Medical and sanitary report of the native army of Bengal for the year
Year: 1876
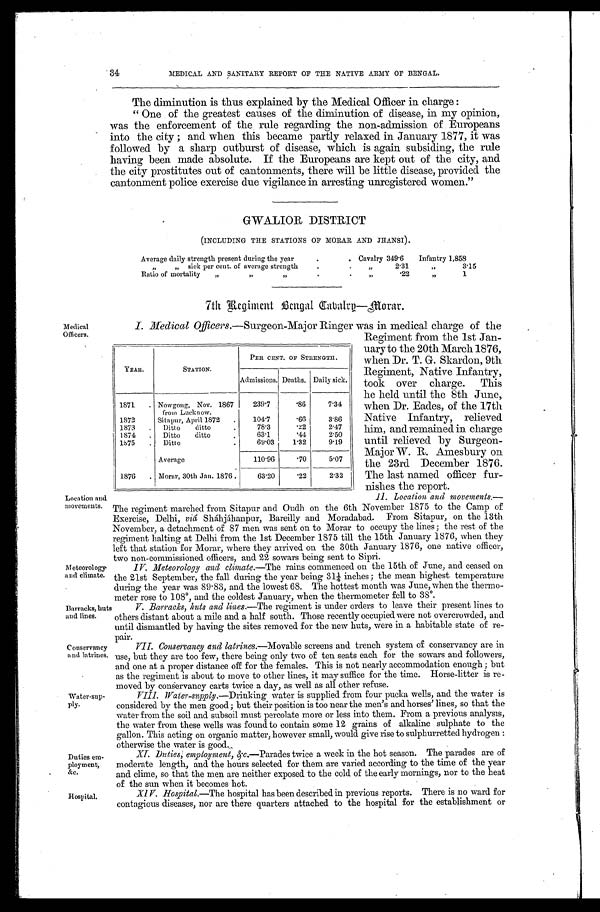
II. Location and movements.—
The regiment marched from Sitapur and Oudh on the 6th November 1875 to the Camp of
Exercise, Delhi, viá Sháhjáhanpur, Bareilly and Moradabad. From Sitapur, on the 13th
November, a detachment of 87 men was sent on to Morar to occupy the lines ; the rest of the
regiment halting at Delhi from the 1st December 1875 till the 15th January 1876, when they
left that station for Morar, where they arrived on the 30th January 1876, one native officer,
two non-commissioned officers, and 22 sowars being sent to Sipri.
IV. Meteorology and climate.—The rains commenced on the 15th of June, and ceased on
the 21st September, the fall during the year being 31¼ inches ; the mean highest temperature
during the year was 89.83, and the lowest 68. The hottest month was June, when the thermo--
meter rose to 108°, and the coldest January, when the thermometer fell to 38°.
Location and
movements.
Meteorology
and climate.
Barracks, huts
and lines.
Conservancy
a nd latrines.
34
MEDICAL AND SANITARY REPORT OF THE NATIVE ARMY OF BENGAL.
The diminution is thus explained by the Medical Officer in charge :
“One of the greatest causes of the diminution of disease, in my opinion,
was the enforcement of the rule regarding the non-admission of Europeans
into the city ; and when this became partly relaxed in January 1877, it was
followed by a sharp outburst of disease, which is again subsiding, the rule
having been made absolute. If the Europeans are kept out of the city, and
the city prostitutes out of cantonments, there will be little disease, provided the
cantonment police exercise due vigilance in arresting unregistered women.”
GWALIOR DISTRICT
(INCLUDING THE STATIONS OF MORAR AND JHANSI).
Average daily strength present during the year.
Cavalry 349.6 Infantry 1,858
„
„ sick per cent. of average strength
..
„
2.31
„
3.15
Ratio of mortality
„ „ „
,,
.22
,,
1
7th Regiment Bengal Cavalry—Morar.
Medical
Officers.
I. Medical Officers.—Surgeon-Major Ringer was in medical charge of the
YEAR.
STATION.
PER CENT. OF STRENGTH.
Admissions. Deaths. Daily sick.
1871
. Nowgong, Nov. 1867
from Lucknow.
239.7
.86
7.34
1872 .
Sitapur, April 1872 .
104.7
.66
3.86
1873
. Ditto
ditto
78.3
.22
2.47
1874
. Ditto
ditto
63.1 .44
2.50
1875
. Ditto
69.03
1.32
9.19
Average
110.96
.70
5.07
1876 .
Morar, 30th Jan. 1876 .
63.20
.22
2.32
Regiment from the 1st Jan--
uary to the 20th March 1876,
when Dr. T. G. Skardon, 9th
Regiment, Native Infantry,
took over charge. This
he held until the 8th June,
when Dr. Eades, of the 17th
Native Infantry, relieved
him, and remained in charge
until relieved by Surgeon-
Major W. R. Amesbury on
the 23rd December 1876.
The last named officer fur-
nishes the report.
V. Barracks, huts and lines. —The regiment is under orders to leave their present lines to
others distant about a mile and a half south. Those recently occupied were not overcrowded, and
until dismantled by having the sites removed for the new huts, were in a habitable state of re--
pair.
VII. Conservancy and latrines.—Movable screens and trench system of conservancy are in
use, but they are too few, there being only two of ten seats each for the sowars and followers,
and one at a proper distance off for the females. This is not nearly accommodation enough ; but
as the regiment is about to move to other lines, it may suffice for the time. Horse-litter is re-
-moved by conservancy carts twice a day, as well as all other refuse.
Water-sup- ply.
Duties em-
ployment,
&c.
Hospital.
VIII. Water-supply . —Drinking water is supplied from four pucka wells, and the water is
considered by the men good; but their position is too near the men’s and horses’ lines, so that the
water from the soil and subsoil must percolate more or less into them. From a previous analysis,
the water from these wells was found to contain some 12 grains of alkaline sulphate to the
gallon. This acting on organic matter, however small, would give rise to sulphurretted hydrogen :
otherwise the water is good.
XI. Duties,e m p l o y m e n t , & c . — P a r a d e s t w i c e a w e e k i n t h e h o t s e a s o n . T h e p a r a d e s a r e o f
moderate length, and the hours selected for them are varied according to the time of the year
and clime, so that the men are neither exposed to the cold of the early mornings, nor to the heat
of the sun when it becomes hot.
XIV. Hospital.—The hospital has been described in previous reports. There is no ward for
contagious diseases, nor are there quarters attached to the hospital for the establishment or